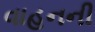
વાહનની